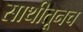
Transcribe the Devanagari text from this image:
साथीतूनच